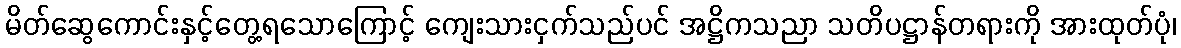
မိတ်ဆွေကောင်းနှင့်တွေ့ရသောကြောင့် ကျေးသားငှက်သည်ပင် အဋ္ဌိကသညာ သတိပဋ္ဌာန်တရားကို အားထုတ်ပုံ၊